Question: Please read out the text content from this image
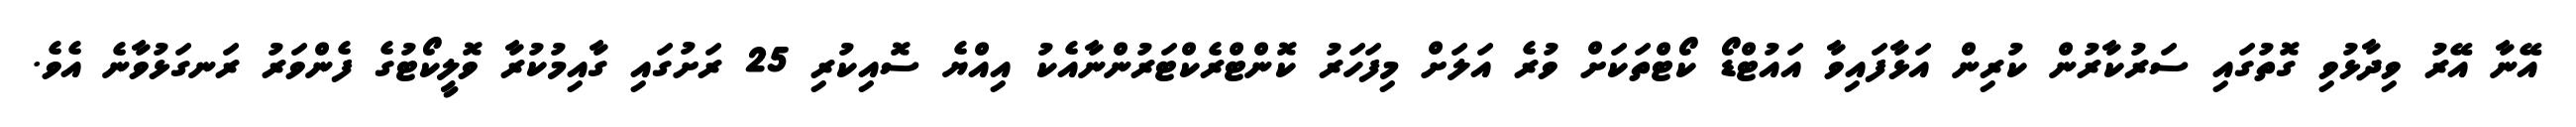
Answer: އޭނާ އޭރު ވިދާޅުވި ގޮތުގައި ސަރުކާރުން ކުރިން އަޅާފައިވާ އައުޓްޑޯ ކޯޓްތަކަށް ވުރެ އަލަށް މިފަހަރު ކޮންޓްރެކްޓަރުންނާއެކު އިއްޔެ ސޮއިކުރި 25 ރަށުގައި ގާއިމުކުރާ ވޮލީކޯޓުގެ ފެންވަރު ރަނގަޅުވާނެ އެވެ.